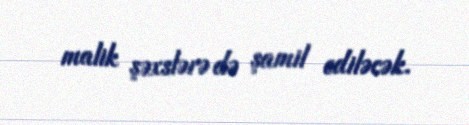
malik şəxslərə də şamil ediləcək.